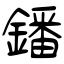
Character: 鐇